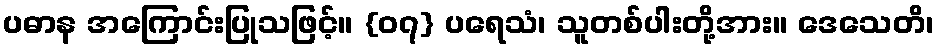
ပဓာန အကြောင်းပြုသဖြင့်။ {၀၇} ပရေသံ၊ သူတစ်ပါးတို့အား။ ဒေသေတိ၊